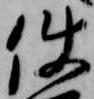
使